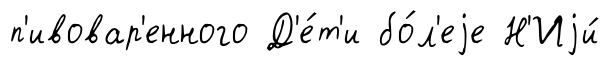
п'ивовар'енного Д'е́т'и бо́л'еjе Н'Иjи́